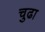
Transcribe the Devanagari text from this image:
चुढा